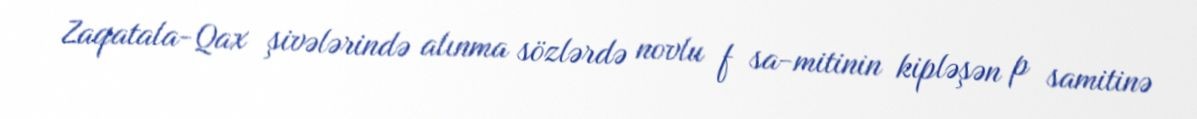
Zaqatala-Qax şivələrində alınma sözlərdə novlu f sa-mitinin kipləşən p samitinə